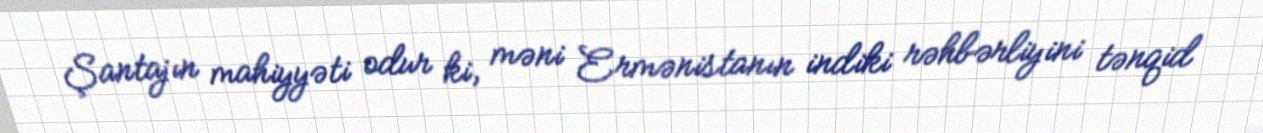
Şantajın mahiyyəti odur ki, məni Ermənistanın indiki rəhbərliyini tənqid